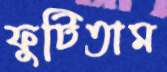
ফুটিতাম